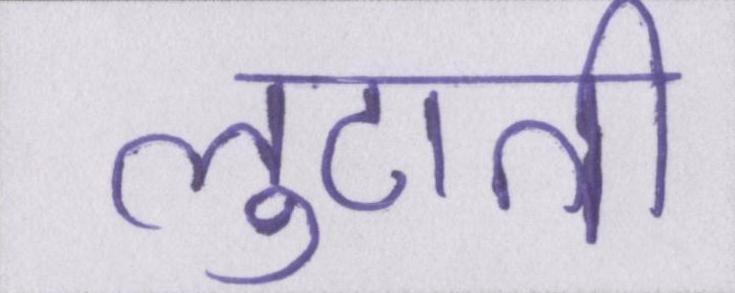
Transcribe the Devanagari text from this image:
लुटाती